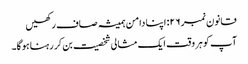
قانون نمبر ۲۶: اپنا دامن ہمیشہ صاف رکھیں
آپ کو ہر وقت ایک مثالی شخصیت بن کر رہنا ہوگا۔